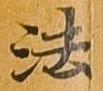
法